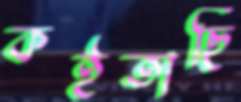
কইতাছি